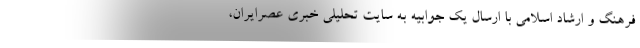
فرهنگ و ارشاد اسلامی با ارسال یک جوابیه به سایت تحلیلی خبری عصرایران،